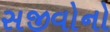
સજીવોનો